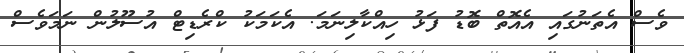
ވެސް އެތަނުގައި އެއޮތް ބޮޑު ފަޅު ހިއްކާލިނަމަ. އެކަމަކު ކްރެޑިޓް އުސޫލުން ނަަމަވެސް